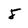
Character: 8